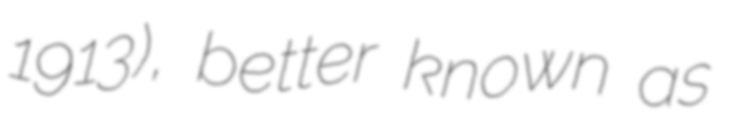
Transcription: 1913), better known as